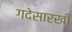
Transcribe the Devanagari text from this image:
गदेसारखी